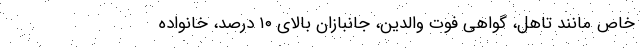
خاص مانند تاهل، گواهی فوت والدین، جانبازان بالای ۱۰ درصد، خانواده